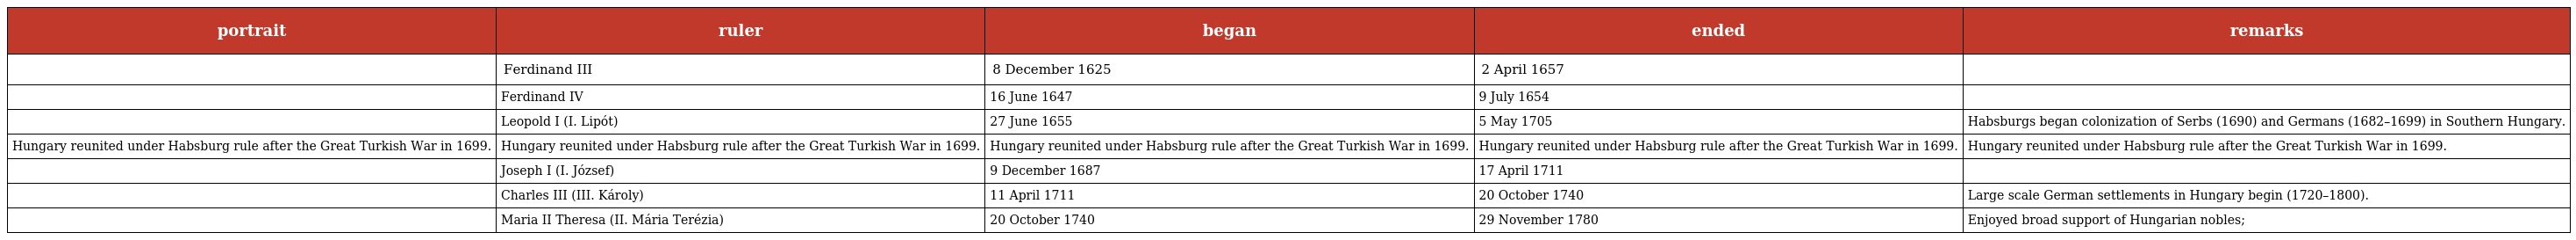
| portrait | ruler | began | ended | remarks |
 | --- | --- | --- | --- | --- |
 |  | Ferdinand III | 8 December 1625 | 2 April 1657 |  |
 |  | Ferdinand IV | 16 June 1647 | 9 July 1654 |  |
 |  | Leopold I (I. Lipót) | 27 June 1655 | 5 May 1705 | Habsburgs began colonization of Serbs (1690) and Germans (1682–1699) in Southern Hungary. |
 | Hungary reunited under Habsburg rule after the Great Turkish War in 1699. | Hungary reunited under Habsburg rule after the Great Turkish War in 1699. | Hungary reunited under Habsburg rule after the Great Turkish War in 1699. | Hungary reunited under Habsburg rule after the Great Turkish War in 1699. | Hungary reunited under Habsburg rule after the Great Turkish War in 1699. |
 |  | Joseph I (I. József) | 9 December 1687 | 17 April 1711 |  |
 |  | Charles III (III. Károly) | 11 April 1711 | 20 October 1740 | Large scale German settlements in Hungary begin (1720–1800). |
 |  | Maria II Theresa (II. Mária Terézia) | 20 October 1740 | 29 November 1780 | Enjoyed broad support of Hungarian nobles; |